Note on the mental hospitals in Burma - 1925-1940
Year: 1925
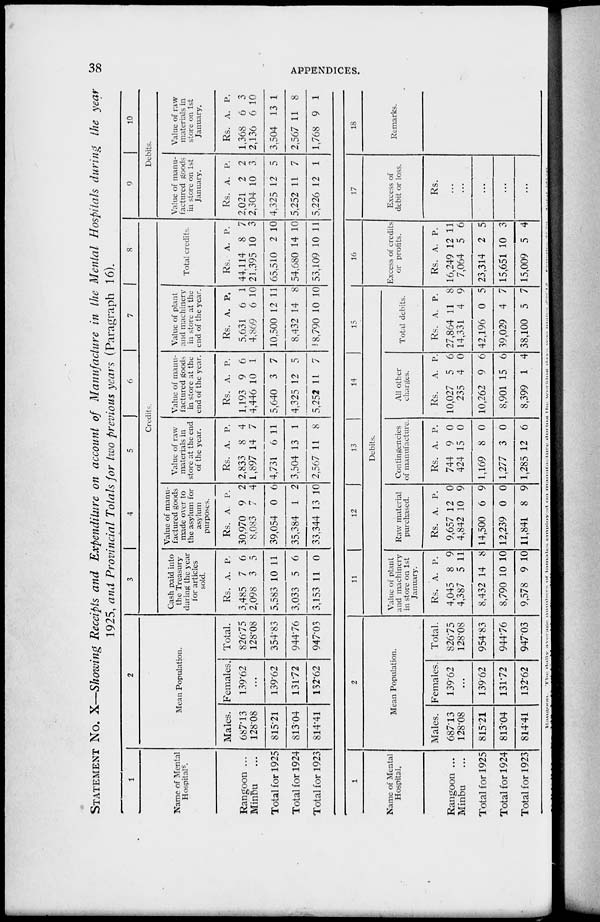
38
APPENDICES.
STATEMENT No. X—Showing Receipts and Expenditure on account of Manufacture in the Mental Hospitals during the year
1925, and Provincial Totals for two previous years (Paragraph 16).
1
Name of Mental
Hospitals.
Rangoon ...
Minbu ...
Total for 1925
Total for 1924
Total for 1923
2
Mean Population.
Males.
687.13
128.08
815.21
813.04
814.41
Females.
139.62
...
139.62
131.72
132.62
Total.
826.75
128.08
354.83
944.76
947.03
3
4
5
6
7
8
Credits
Cash paid into
the Treasury
during the year
for articles
sold.
Rs.
3,485
2,098
5,583
3,033
3,153
A.
7
3
10
5
11
P.
6
5
11
6
0
Value of manu-
factured goods
made over to
the asylum for
asylum
purposes.
Rs.
30,970
8,083
39,054
35,384
33,344
A.
9
7
0
1
13
P.
2
4
6
2
10
Value of raw
materials in
store at the end
of the year.
Rs.
2,833
1,897
4,731
3,504
2,567
A.
8
14
6
13
11
P.
4
7
11
1
8
Value of manu-
factured goods
in store at the
end of the year.
Rs.
1,193
4,446
5,640
4,325
5,252
A.
9
10
3
12
11
P.
6
1
7
5
7
Value of plant
and machinery
in store at the
end of the year.
Rs.
5,631
4,869
10,500
8,432
8,790
A.
6
6
12
14
10
P.
1
10
11
8
10
Total credits.
Rs.
44,114
21,395
65,510
54,680
53,109
A.
8
10
2
14
10
P.
7
3
10
10
11
9
10
Debits.
Value of manu-
factured goods
in store on 1st
January.
Rs.
2,021
2,304
4,325
5,252
5,226
A.
2
10
12
11
12
P.
2
3
5
7
1
Value of raw
materials in
store on 1st
January.
Rs.
1,368
2,136
3,504
2,567
1,768
A.
6
6
13
11
9
P.
3
10
1
8
1
1
Name of Mental
Hospital.
Rangoon ...
Minbu ...
Total for 1925
Total for 1924
Total for 1923
2
Mean Population.
Males.
687.13
128.08
815.21
813.04
814.41
Females.
139.62
...
139.62
131.72
132.62
Total.
826.75
128.08
954.83
944.76
947.03
11
12
13
14
15
Debits.
Value of plant
and machinery
in store on 1st
January.
Rs.
4,045
4,387
8,432
8,790
9,578
A.
8
5
14
10
9
P.
9
11
8
10
10
Raw material
purchased.
Rs.
9,657
4,842
14,500
12,239
11,841
A.
12
10
6
0
8
P.
0
9
9
0
9
Contingencies
of manufacture.
Rs.
744
424
1,169
1,277
1,285
A.
9
15
8
3
12
P.
0
0
0
0
6
All other
charges.
Rs.
10,027
235
10,262
8,901
8,399
A.
5
4
9
15
1
P.
6
0
6
6
4
Total debits.
Rs.
27,864
14,331
42,196
39,029
38,100
A.
11
4
0
4
5
P.
8
9
5
7
7
16
Excess of credits
or profits.
Rs.
16,249
7,064
23,314
15,651
15,009
A.
12
5
2
10
5
P.
11
6
5
3
4
17
Excess of
debit or loss.
Rs.
...
...
...
...
...
18
Remarks.
Rangoon.
The
daily
average
numbers
of inmates
employed
on manufacture during
the working
days
was males 298.12. Females 27.78.
Total
325.9